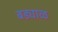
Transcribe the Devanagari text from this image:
बड्याळ